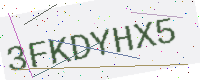
Text: 3FKDYHX5